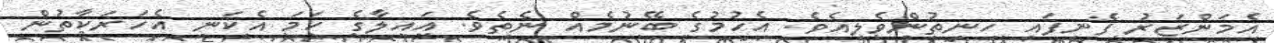
އެމަންޒަރު ފެނިފައި ހިނިތުންވެލިއެވެ. އެހުމުގެ ބޭނުމެއް ނެތެވެ. އައިލާގެ ހަމަ އެކަނި އެހަރަކާތުން